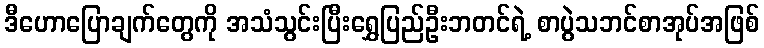
ဒီဟောပြောချက်တွေကို အသံသွင်းပြီးရွှေပြည်ဦးဘတင်ရဲ့ စာပွဲသဘင်စာအုပ်အဖြစ်